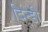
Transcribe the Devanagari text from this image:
दिन्डी